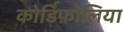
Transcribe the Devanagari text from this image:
कोर्डिफ़ोलिया